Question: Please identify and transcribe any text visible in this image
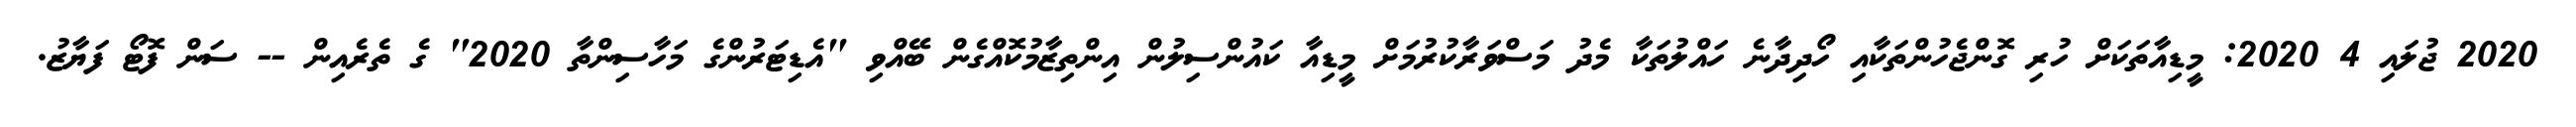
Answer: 2020 ޖުލައި 4 2020: މީޑިއާތަކަށް ހުރި ގޮންޖެހުންތަކާއި ހޯދިދާނެ ހައްލުތަކާ މެދު މަސްވަރާކުރުމަށް މީޑިއާ ކައުންސިލުން އިންތިޒާމުކޮއްގެން ބޭއްވި "އެޑިޓަރުންގެ މަހާސިންތާ 2020" ގެ ތެރެއިން -- ސަން ފޮޓޯ ފަޔާޒު.